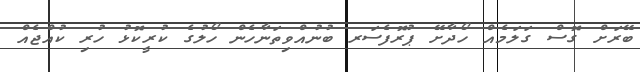
ބޭރަށް ގޮސް ގަލަމެއް ހޯދާށޭ ޕުރޮފެސަރ ބުނުއްވިތަނާހެން ހޯލުގެ ކުރީކޮޅު ހުރި ކުއްޖެއް